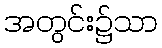
အတွင်း၌သာ